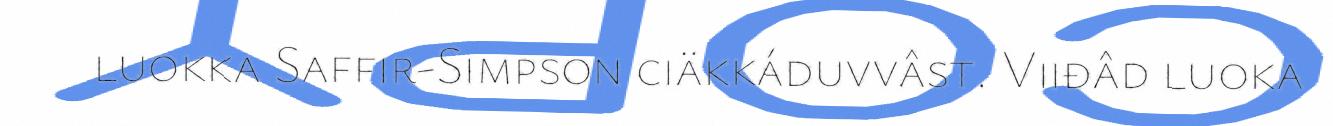
luokka Saffir-Simpson ciäkkáduvvâst. Viiđâd luoka